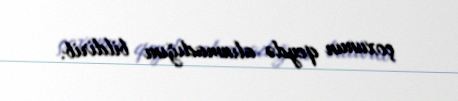
çoxunun qeydə alınmadığını bildirib.